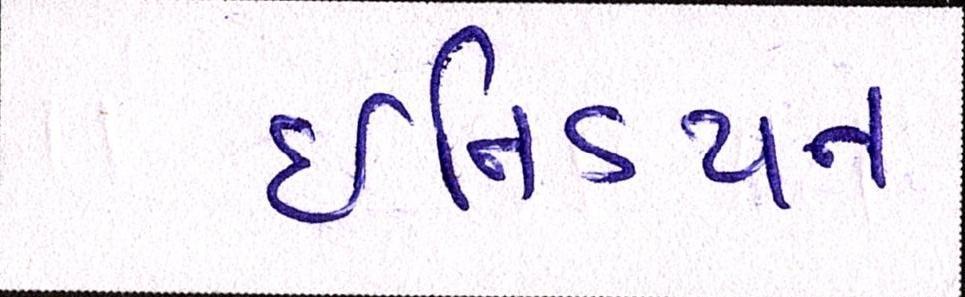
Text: ઇન્ડિયન